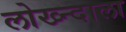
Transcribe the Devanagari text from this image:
लोख्न्दाला